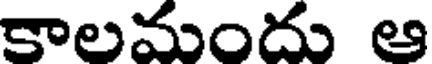
కాలమందు ఆ